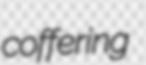
coffering